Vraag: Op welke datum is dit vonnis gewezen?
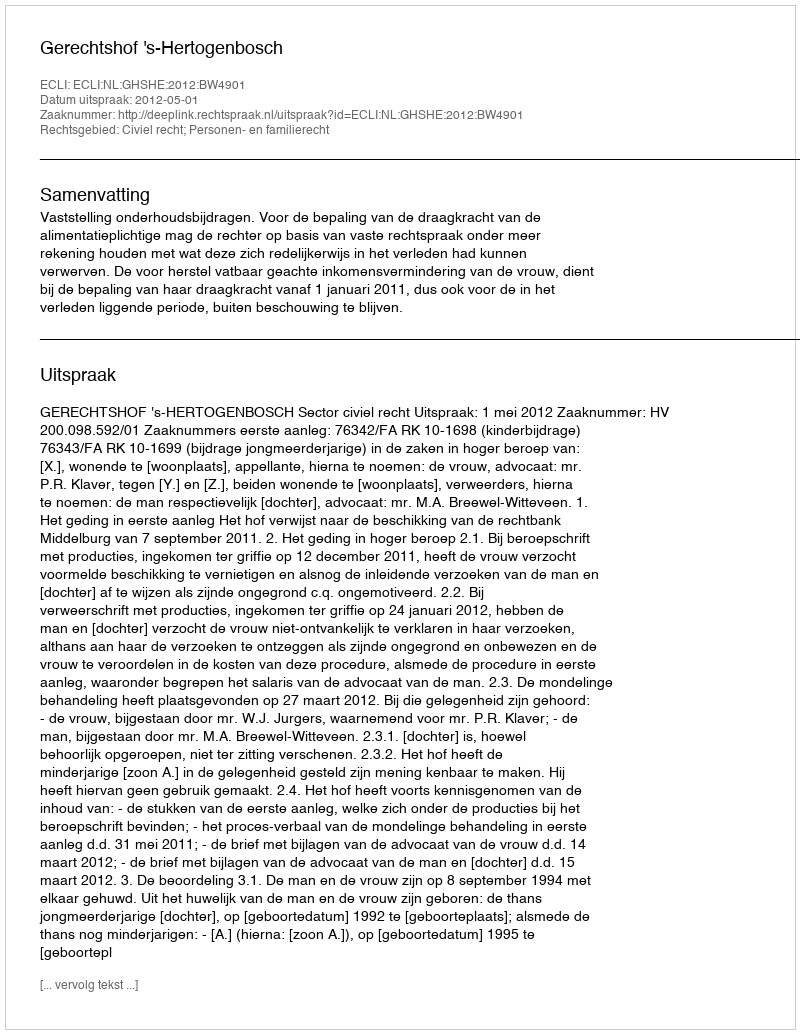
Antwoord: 2012-05-01